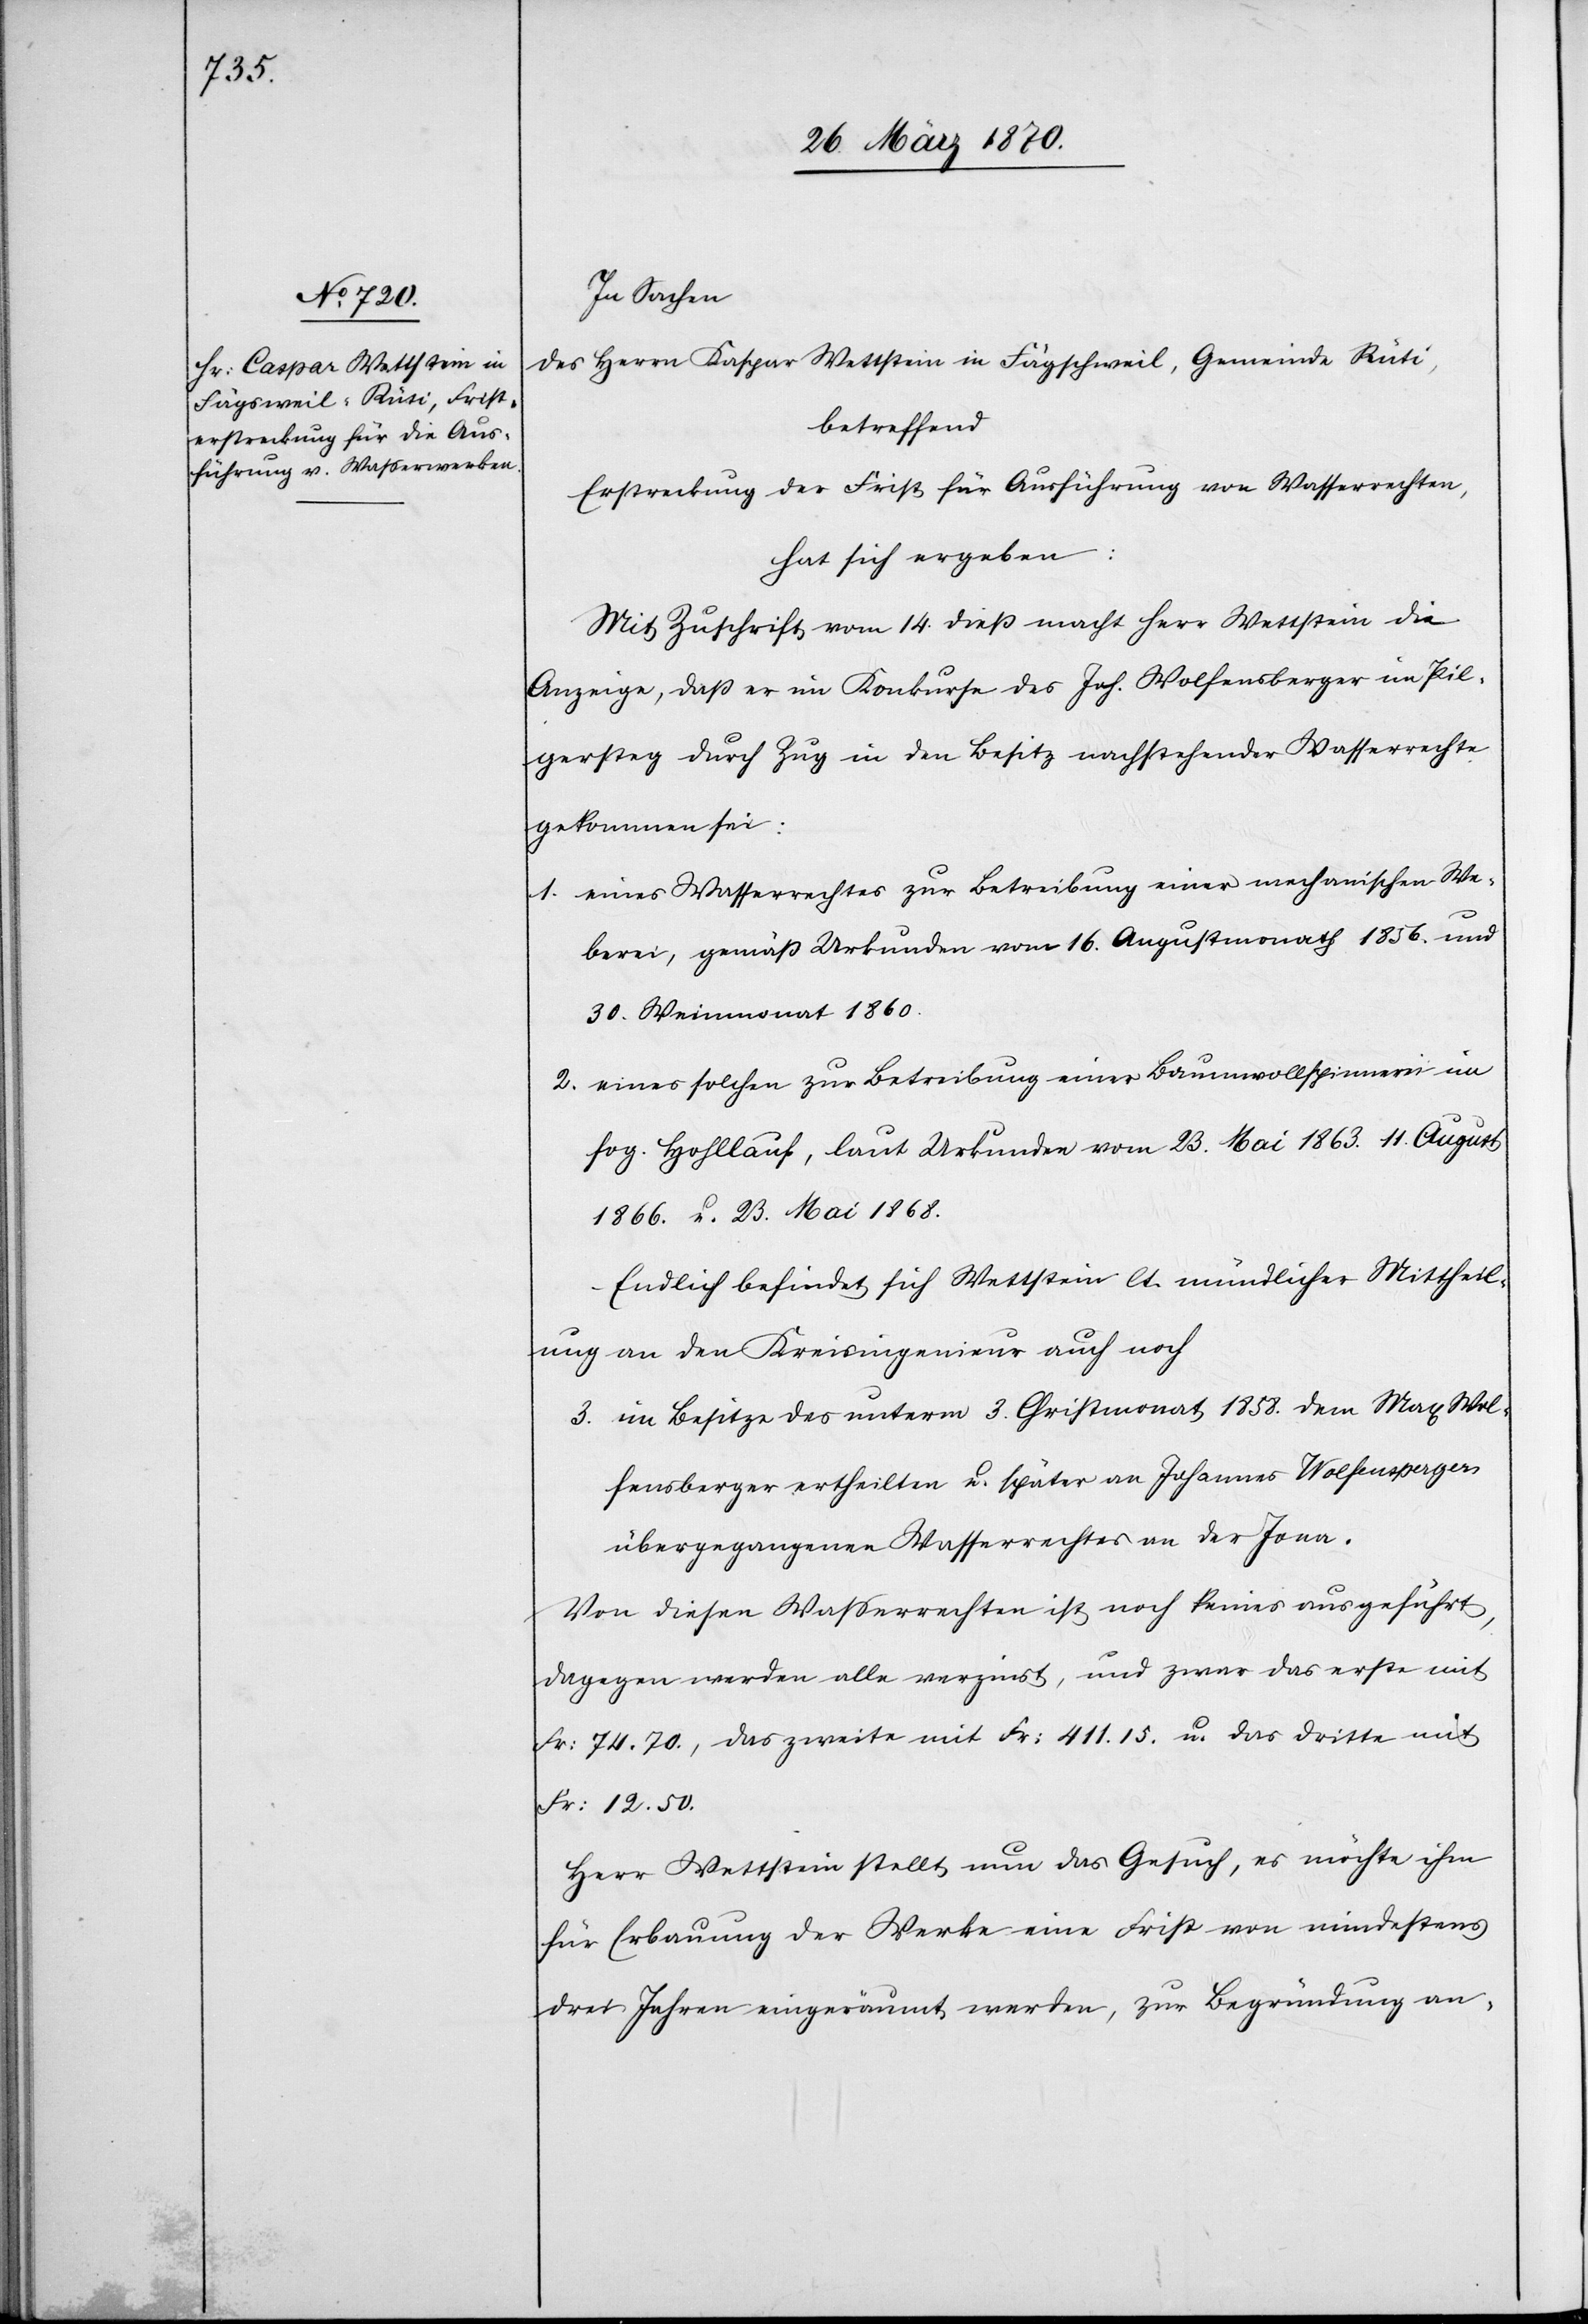
In Sachen:
des Herrn Kaspar [sic!] Wettstein in Fägschweil [sic!], Gemeinde Rüti,
betreffend
Erstreckung der Frist für Ausführung von Wasserrechten,
hat sich ergeben:
Mit Zuschrift vom 14. dieß macht Herr Wettstein die
Anzeige, daß er im Konkurse des Joh. Wolfensberger im Pil¬
gersteg durch Zug in den Besitz nachstehender Wasserrechte
gekommen sei:
1. eines Wasserrechtes zur Betreibung einer mechanischen We¬
berei, gemäß Urkunden vom 16. Augustmonath 1856. und
30. Weinmonat 1860.
2. eines solchen zur Betreibung einer Baumwollspinnerei im
sog. Hohllauf, laut Urkunden vom 23. Mai 1863. 11. August
1866. u. 23. Mai 1868.
Endlich befindet sich Wettstein lt. mündlicher Mittheil¬
ung an den Kreisingenieur auch noch
3. im Besitze des unterm 3. Christmonat 1858. dem Max Wol¬
fensberger ertheilten u. später an Johannes Wolfensperger
übergegangenen Wasserrechtes an der Jona.
Von diesen Wasserrechten ist noch keines ausgeführt,
dagegen werden alle verzinst, und zwar das erste mit
Fr: 74.70., das zweite mit Fr: 411.15. u. das dritte mit
Fr: 12.50.
Herr Wettstein stellt nun das Gesuch, es möchte ihm
für Erbauung der Werke eine Frist von mindestens
drei Jahren eingeräumt werden, zur Begründung an-